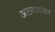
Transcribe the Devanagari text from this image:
अष्टादशाक्षर